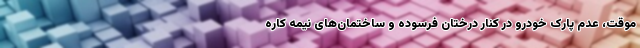
موقت، عدم پارک خودرو در کنار درختان فرسوده و ساختمان‌های نیمه کاره